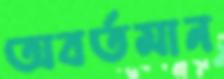
অবর্তমান